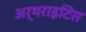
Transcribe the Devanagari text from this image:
अर्थराइटिस